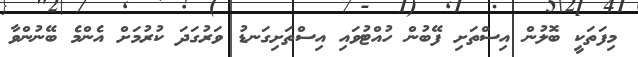
މިފަތަކީ ބޮލުން އިސްތަށި ފޭބުން ހުއްޓުވައި އިސްތަށިގަނޑު ވަރުގަދަ ކުރުމަށް އެންމެ ބޭނުންވާ